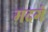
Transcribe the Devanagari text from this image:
मदगे